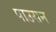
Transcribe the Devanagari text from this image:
पाउसन